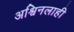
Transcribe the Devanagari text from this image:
अश्विनलाही